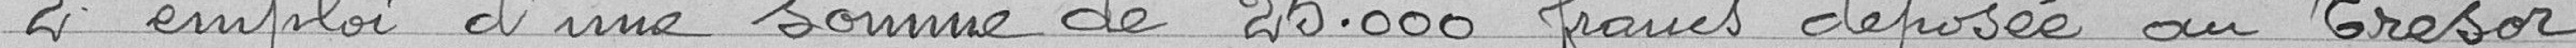
2° emploi d'une somme de 25.000 francs déposée au Trésor